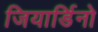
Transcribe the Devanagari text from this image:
जियार्डिनो